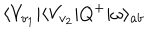
LaTeX: \langle V _ { v _ { 1 } } | \langle V _ { v _ { 2 } } | Q ^ { + } | \omega \rangle _ { a b }